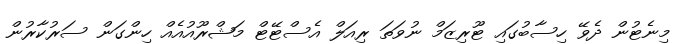
މިނެޓުން ދެވޭ ހިސާބުގައި ޓޫރިޒަމް ނުވަތަ ރިއަލް އެސްޓޭޓް މަޝްރޫއުއެއް ހިންގަން ސަރުކާރުން